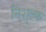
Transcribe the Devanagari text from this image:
निंशुल्क